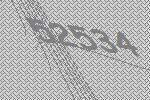
52534